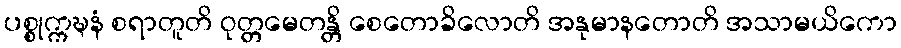
ပစ္စုက္ကဍ္ဎနံ စရာတူတိ ဝုတ္တမေတန္တိ စေတောခိလောတိ အနုမာနတောတိ အသာမယိကော